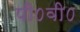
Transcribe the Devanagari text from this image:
पी०वी०